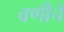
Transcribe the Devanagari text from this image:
वणीचे